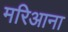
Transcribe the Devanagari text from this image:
मरिआना